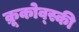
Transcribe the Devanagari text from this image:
क्रूकोव्स्की